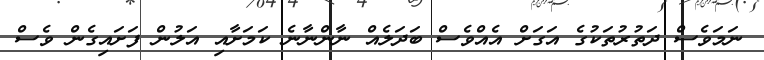
ނަމަވެސް ދަތުރުތަކުގެ އަގަށް އެއްވެސް ބަދަލެއް ނާންނާނެ ކަމަށާއި އަލުން ފަށައިގެން ވެސް